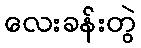
လေးခန်းတွဲ